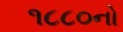
૧૮૮૦નો